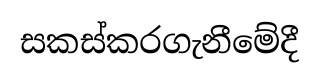
සකස්කරගැනීමේදී